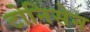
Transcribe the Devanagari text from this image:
टोनिसेन